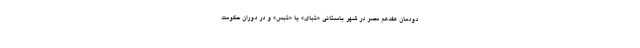
دودمان هفدهم مصر در شهر باستانی «تبای» یا «تبس» و در دوران حکومت